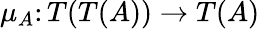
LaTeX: \mu_{A}\colon T(T(A))\to T(A)